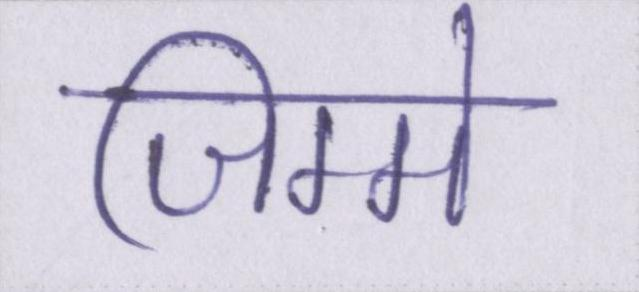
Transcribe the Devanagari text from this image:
जिम्मे